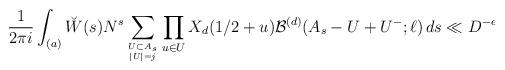
LaTeX: \begin{align*}\frac{1}{2\pi i} \int_{(a)} \breve{W}(s) N^s \sum_{U \subset A_s \atop |U| = j} \prod_{u\in U} X_d(1/2+u) \mathcal{B}^{(d)}(A_s - U + U^{-};\ell)\,ds \ll D^{-\epsilon}\end{align*}